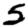
Digit: 5